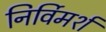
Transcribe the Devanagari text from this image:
निर्विमर्श